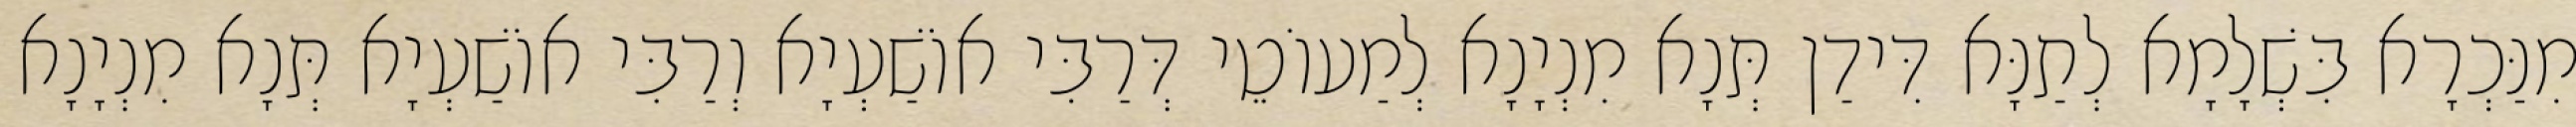
מִנַּכְרָא בִּשְׁלָמָא לְתַנָּא דִּידַן תְּנָא מִנְיָנָא לְמַעוֹטֵי דְּרַבִּי אוֹשַׁעְיָא וְרַבִּי אוֹשַׁעְיָא תְּנָא מִנְיָנָא